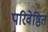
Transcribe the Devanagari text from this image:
परिवेष्ठित